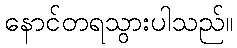
နောင်တရသွားပါသည်။